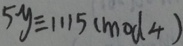
5 y \equiv 1 1 1 5 ( m o d 4 )